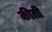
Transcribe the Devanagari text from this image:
कीती